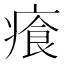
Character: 𤸤